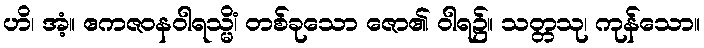
ဟိ၊ အံ့။ ဧကဇဝနဝါရသ္မိံ၊ တစ်ခုသော ဇော၏ ဝါရ၌။ သတ္တသု၊ ကုန်သော။